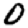
Digit: 0